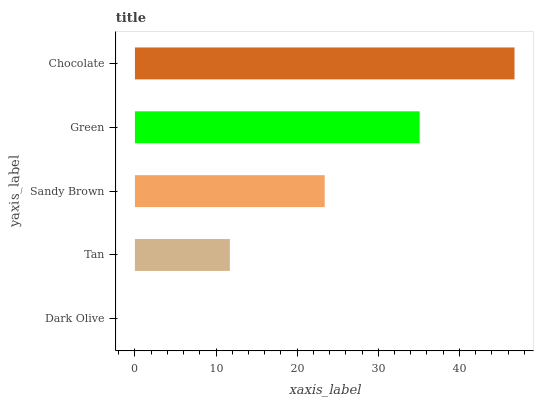
| yaxis_label | bars |
 | --- | --- |
 | Dark Olive | 0 |
 | Tan | 11.7 |
 | Sandy Brown | 23.4 |
 | Green | 35.1 |
 | Chocolate | 46.8 |